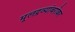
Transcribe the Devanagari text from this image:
मूलद्रव्यांबरोबर